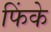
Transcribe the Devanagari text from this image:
फिंके